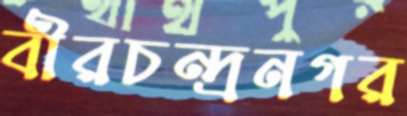
বীরচন্দ্রনগর